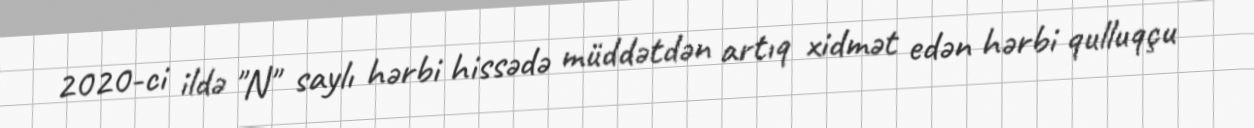
2020-ci ildə "N" saylı hərbi hissədə müddətdən artıq xidmət edən hərbi qulluqçu